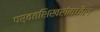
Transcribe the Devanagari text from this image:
पर्वतशिखरांमधील